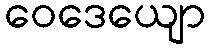
ဝေဒေယျော